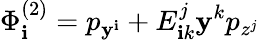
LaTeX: \Phi_{\mathbf{i}}^{\left(2\right)}=p_{\mathbf{y}^{\mathbf{i}}}+E_{\mathbf{i}k}^{j}\mathbf{y}^{k}p_{z^{j}}